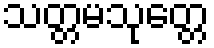
သတ္တမသုတ္တေ